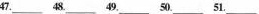
47.___48.___49.___ 50.___51.___